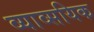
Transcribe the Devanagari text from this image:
व्याव्सयिक